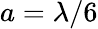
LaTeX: a=\lambda/6